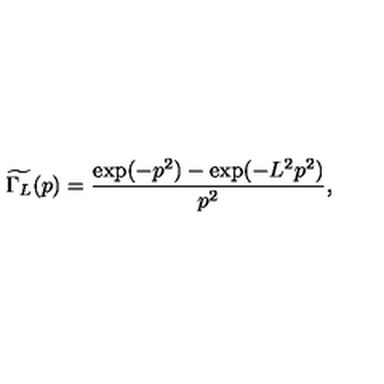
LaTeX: \widetilde { \Gamma _ { L } } ( p ) = \frac { \exp ( - p ^ { 2 } ) - \exp ( - L ^ { 2 } p ^ { 2 } ) } { p ^ { 2 } } ,